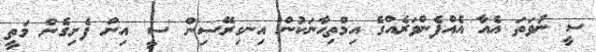
ސީ ނުވަތަ އެއާ އެއްފެންވަރެއްގެ އިމްތިޙާނަކުން އިނގިރޭސިން 'ސީ' އިން ފެށިގެން މަތީ